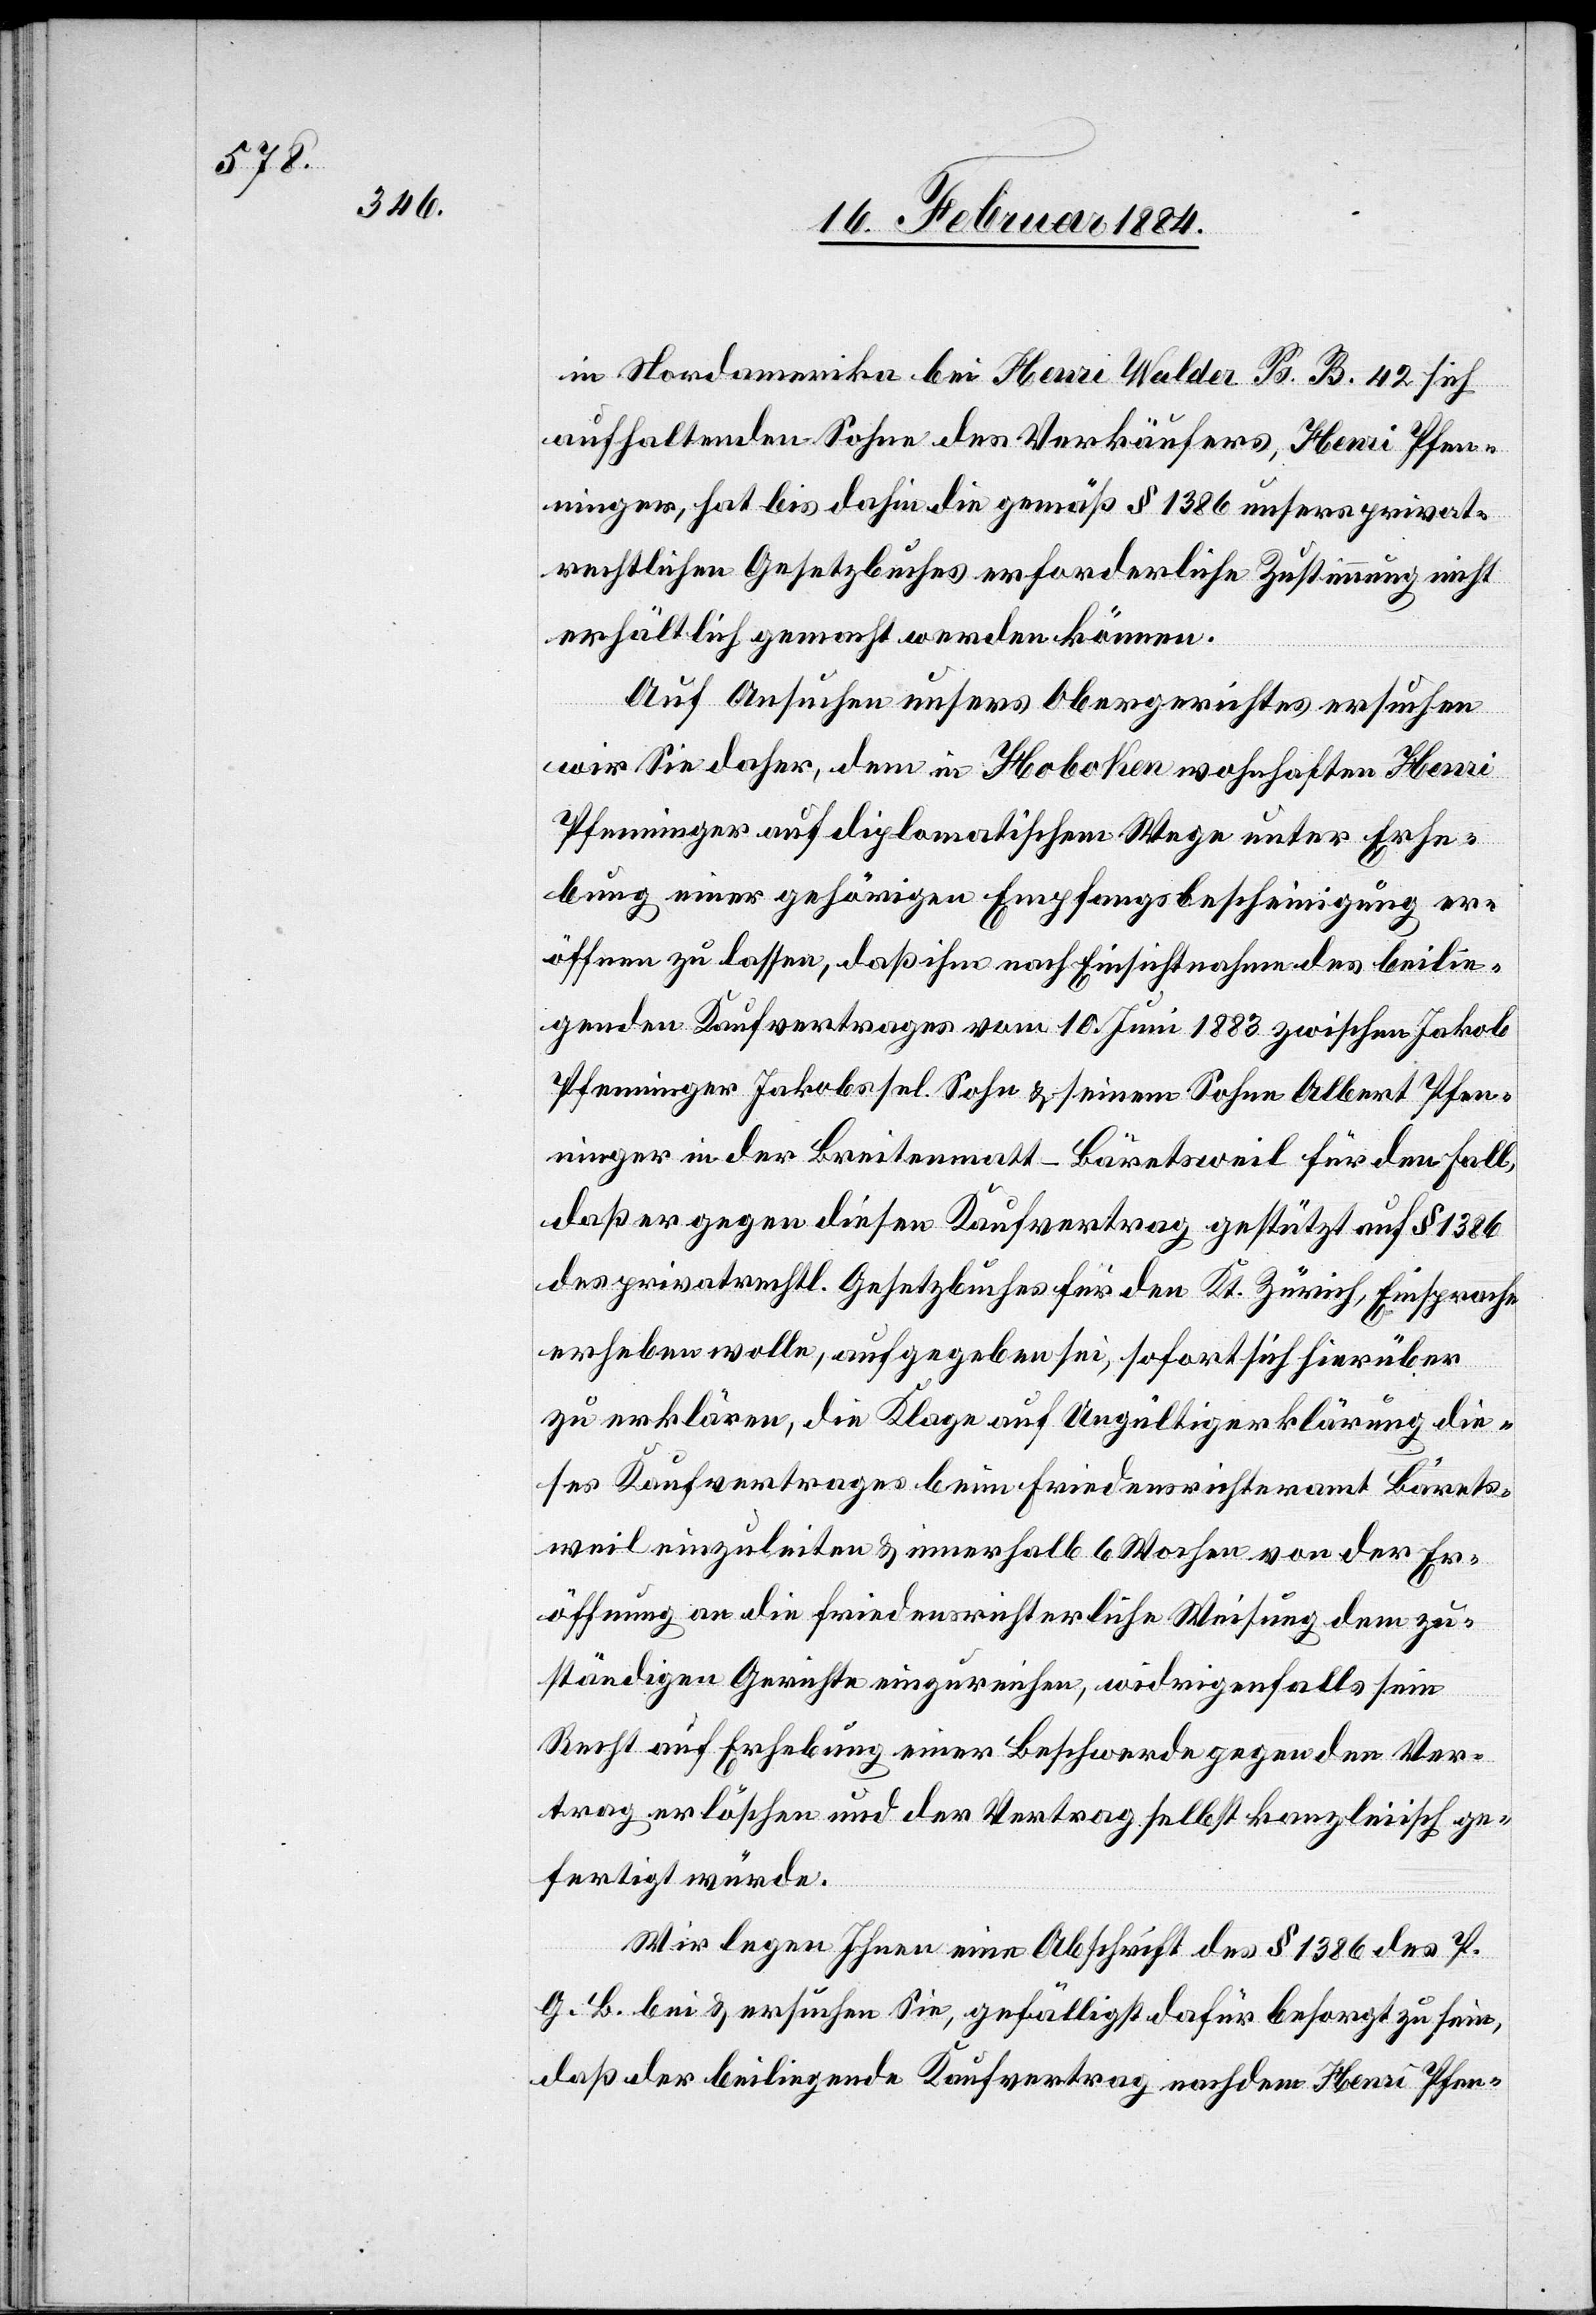
in Nordamerika bei Henri Walder Ps. B. 42 sich
aufhaltenden Sohn des Verkäufers, Henri Pfen¬
ninger, hat bis dahin die gemäß § 1386 unseres privat¬
rechtlichen Gesetzbuches erforderliche Zustimmung nicht
erhältlich gemacht werden können.
Auf Ansuchen unseres Obergerichtes ersuchen
wir Sie daher, dem in Hoboken wohnhaften Henri
Pfenninger auf diplomatischem Wege unter Erhe¬
bung einer gehörigen Empfangsbescheinigung er¬
öffnen zu lassen, daß ihm nach Einsichtnahme des beilie¬
genden Kaufvertrages vom 10. Juni 1883 zwischen Jakob
Pfenninger Jakobs sel. Sohn & seinem Sohn Albert Pfen¬
ninger in der Breitenmatt - Bäretsweil für den Fall,
daß er gegen diesen Kaufvertrag gestützt auf § 1386
des privatrechtl. Gesetzbuches für den Kt. Zürich, Einsprache
erheben wolle, aufgegeben sei, sofort sich hierüber
zu erklären, die Klage auf Ungültigerklärung die¬
ses Kaufvertrages beim Friedensrichteramt Bärets¬
weil einzuleiten & innerhalb 6 Wochen von der Er¬
öffnung an die friedensrichterliche Weisung dem zu¬
ständigen Gerichte einzureichen, widrigenfalls sein
Recht auf Erhebung einer Beschwerde gegen den Ver¬
trag erlöschen und der Vertrag selbst kanzleiisch ge¬
fertigt würde.
Wir legen Ihnen eine Abschrift des § 1386 des P.
G. B. bei & ersuchen Sie, gefälligst dafür besorgt zu sein,
daß der beiliegende Kaufvertrag nachdem Henri Pfen-